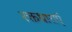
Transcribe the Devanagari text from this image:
रक्तधाराऍं